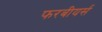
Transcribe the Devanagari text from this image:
फरबीयर्स